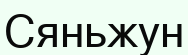
Сяньжун